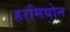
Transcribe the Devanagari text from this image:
हरमियोन